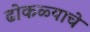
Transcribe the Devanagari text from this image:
ढोकळ्याचे